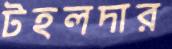
টহলদার